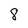
Character: 8